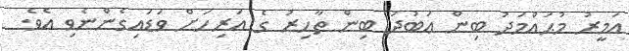
އަމީރު މުޙައްމަދު ބިން ޢަބުދު ބިން ޠާހިރު ގެ އަރިހަށް ވަޑައިގެންނެވި އެވެ.